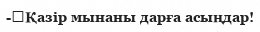
-	Қазір мынаны дарға асыңдар!